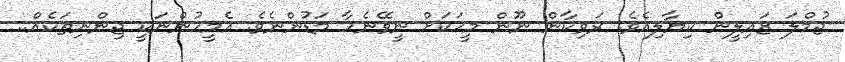
ޖުމްލަ ޒައިލީން ކިޔާލިއެވެ. ރަވިކާން ނޫން މީހަކަށް ނީވޭނެހާ މަޑުންނެވެ. އެމީހުންނަކީ ޖިންނިތަކެއް..